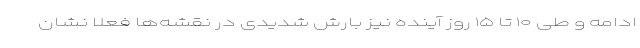
ادامه و طی ۱۰ تا ۱۵ روز آینده نیز بارش شدیدی در نقشه‌ها فعلا نشان